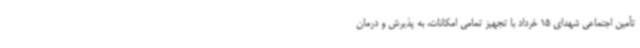
تأمین اجتماعی شهدای 15 خرداد با تجهیز تمامی امکانات، به پذیرش و درمان